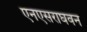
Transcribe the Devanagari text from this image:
एनएसराघवन